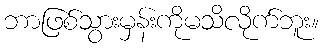
ဘာဖြစ်သွားမှန်းကိုမသိလိုက်ဘူး။